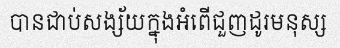
បានជាប់សង្ស័យក្នុងអំពើជួញដូរមនុស្ស